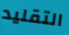
التقليد